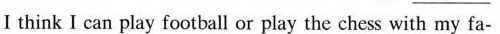
Ⅰ think I can play football or play the chess with my fa-